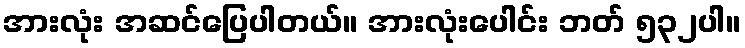
အားလုံး အဆင်ပြေပါတယ်။ အားလုံးပေါင်း ဘတ် ၅၃၂ပါ။